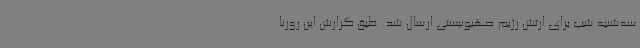
سه‌شنبه شب برای ارتش رژیم صهیونیستی ارسال شد. طبق گزارش این روزنا